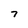
Character: 7